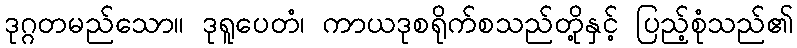
ဒုဂ္ဂတမည်သော။ ဒုရူပေတံ၊ ကာယဒုစရိုက်စသည်တို့နှင့် ပြည့်စုံသည်၏